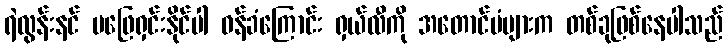
ရဲလွန်းနင် မဖြေရှင်းနိုင်ပါ ဝန်ခံကြောင်း ရှယ်လီကို အတောင်ပံများက တစ်ခုဖြစ်နေပါသည်